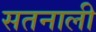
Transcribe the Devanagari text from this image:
सतनाली